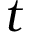
t